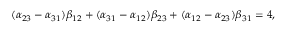
( \alpha _ { 2 3 } - \alpha _ { 3 1 } ) \beta _ { 1 2 } + ( \alpha _ { 3 1 } - \alpha _ { 1 2 } ) \beta _ { 2 3 } + ( \alpha _ { 1 2 } - \alpha _ { 2 3 } ) \beta _ { 3 1 } = 4 ,